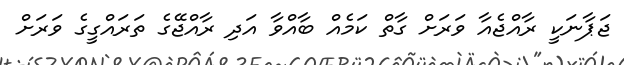
ޖަޕާނަކީ ރާއްޖެއާ ވަރަށް ގާތް ކަމެއް ބާއްވާ އަދި ރާއްޖޭގެ ތަރައްގީގެ ވަރަށް